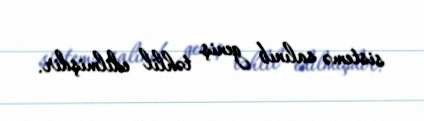
sistemə salınıb geniş təhlil edilmişdir.